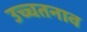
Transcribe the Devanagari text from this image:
उच्चतनाव